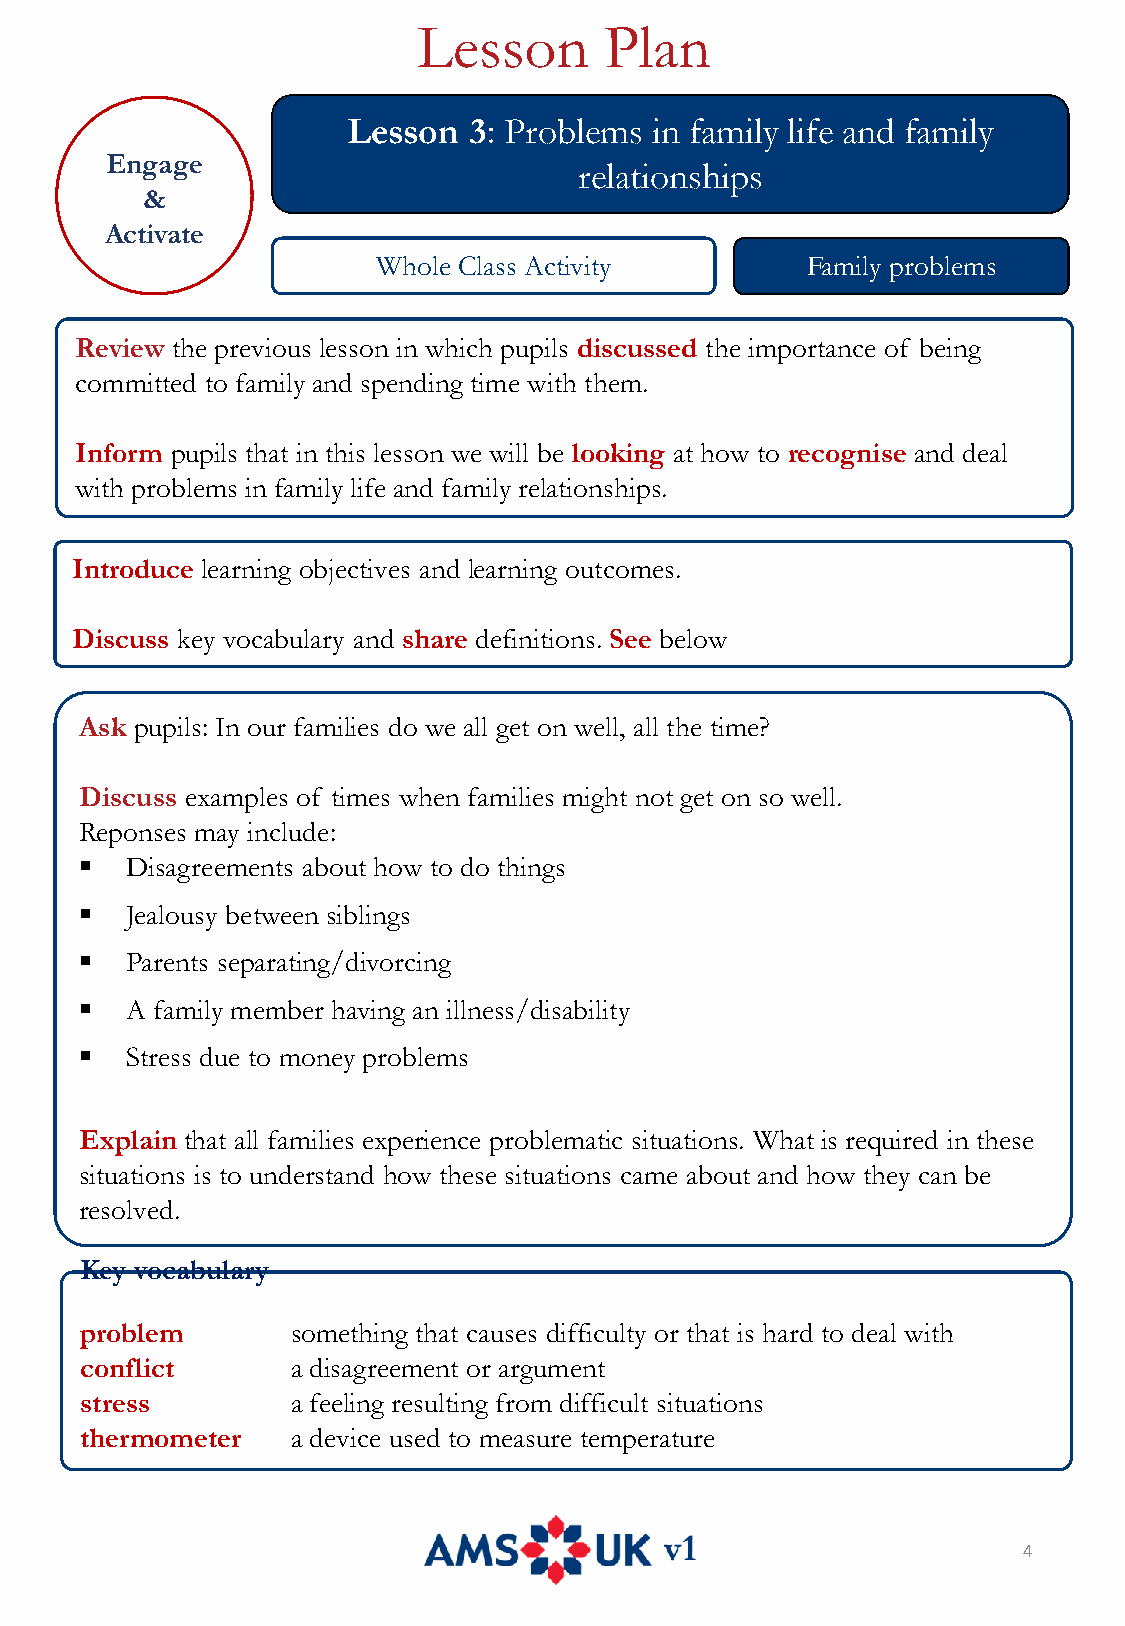
Lesson      Plan
 Lesson  3: Problems in family life and family
 Engage
 relationships
 &
 Activate
 Whole Class Activity        Family problems
 Review the previous lesson in which pupils discussed the importance of being
 committed to family and spending time with them.
 Inform pupils that in this lesson we will be looking at how to recognise and deal
 with problems in family life and family relationships.
 Introduce learning objectives and learning outcomes.
 Discuss key vocabulary and share definitions. See below
 Ask pupils: In our families do we all get on well, all the time?
 Discuss examples of times when families might not get on so well.
 Reponses may include:
 ▪  Disagreements about how to do things
 ▪  Jealousy between siblings
 ▪  Parents separating/divorcing
 ▪  A family member having an illness/disability
 ▪  Stress due to money problems
 Explain that all families experience problematic situations. What is required in these
 situations is to understand how these situations came about and how they can be
 resolved.
 Key vocabulary
 problem       something that causes difficulty or that is hard to deal with
 conflict      a disagreement or argument
 stress        a feeling resulting from difficult situations
 thermometer   a device used to measure temperature
 4